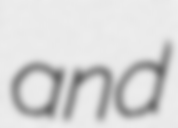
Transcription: and